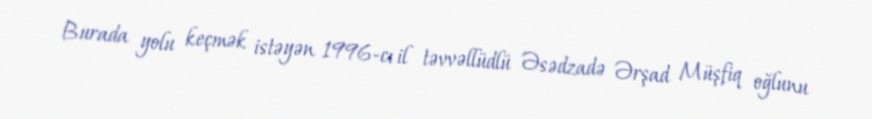
Burada yolu keçmək istəyən 1996-cı il təvvəllüdlü Əsədzadə Ərşad Müşfiq oğlunu